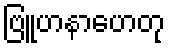
ဗြူဟနာဟေတု